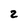
Character: 2